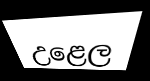
උළෙල